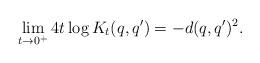
LaTeX: \begin{align*}\lim_{t \to 0^+} 4t \log K_t(q,q') = -d(q,q')^2.\end{align*}